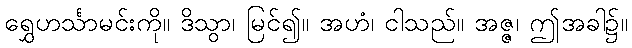
ရွှေဟင်္သာမင်းကို။ ဒိသွာ၊ မြင်၍။ အဟံ၊ ငါသည်။ အဇ္ဇ၊ ဤအခါ၌။